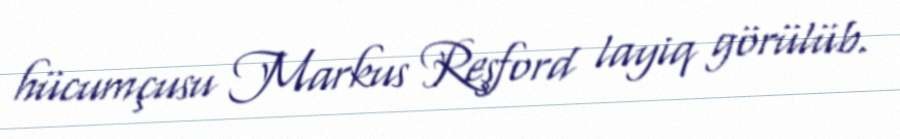
hücumçusu Markus Reşford layiq görülüb.